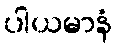
ပါယမာနံ